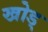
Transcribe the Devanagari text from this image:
खोड्